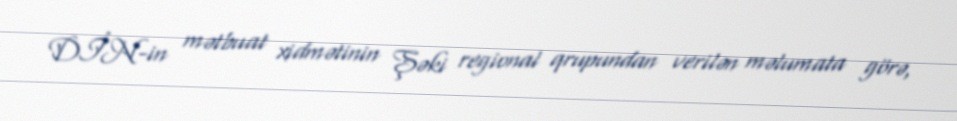
DİN-in mətbuat xidmətinin Şəki regional qrupundan verilən məlumata görə,